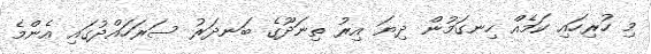
މި ހުރިހައި ކަމެއް ހިނގަމުން ދިޔަ އިރު ތިނަދޫގެ ބަނދަރު ސަރަހައްދުގައި އެންމެ